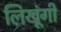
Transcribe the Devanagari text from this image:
लिखूंगी